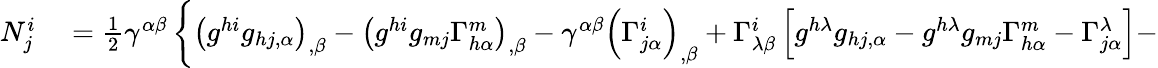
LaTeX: \begin{array}{rl}{N_{j}^{i}}&{{}={\frac{1}{2}}\gamma^{\alpha\beta}\left\{ \left(g^{hi}g_{hj,\alpha}\right)_{,\beta}-\left(g^{hi}g_{mj}\Gamma_{h\alpha}^{m}\right)_{,\beta}-\gamma^{\alpha\beta}\left(\Gamma_{j\alpha}^{i}\right)_{,\beta}+\Gamma_{\lambda\beta}^{i}\left[g^{h\lambda}g_{hj,\alpha}-g^{h\lambda}g_{mj}\Gamma_{h\alpha}^{m}-\Gamma_{j\alpha}^{\lambda}\right]-\right.}\end{array}